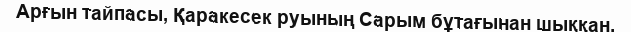
Арғын тайпасы, Қаракесек руының Сарым бұтағынан шыққан.